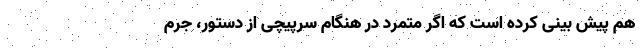
هم پیش بینی کرده است که اگر مُتِمَرِد در هنگام سرپیچی از دستور، جرم